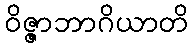
ဝိဇ္ဇာဘာဂိယာတိ